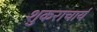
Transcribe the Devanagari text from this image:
शुकराचार्य